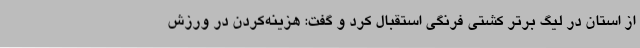
از استان در لیگ برتر کشتی فرنگی استقبال کرد و گفت: هزینه‌کردن در ورزش